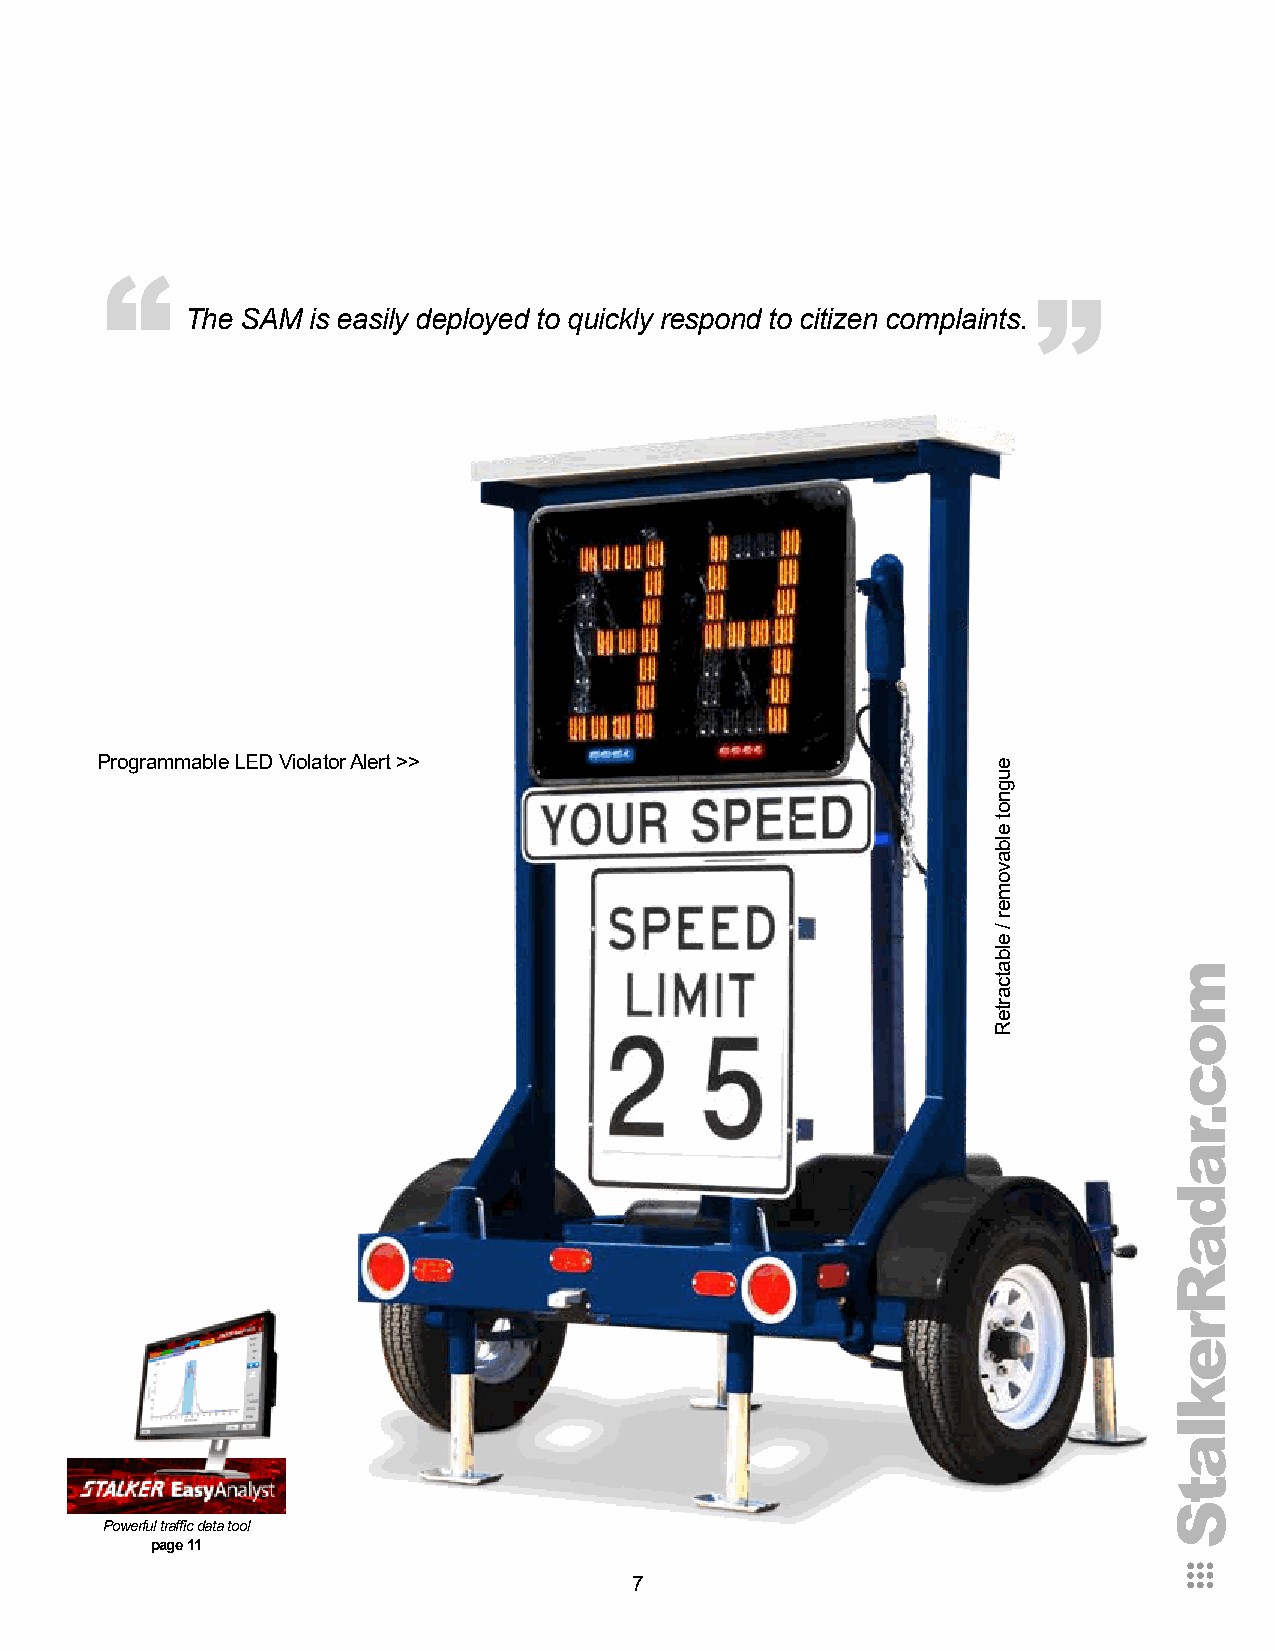
“
 “
 The SAM  is easily deployed to quickly respond to citizen complaints.
 Programmable LED Violator Alert >>
 Powerful traffic data tool
 page 11
 7
 eugnot
 elbavomer
 /
 elbatcarteR
 moc.radaRreklatS